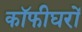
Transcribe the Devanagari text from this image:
कॉफीघरों